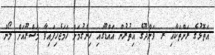
އަތޮޅުގެ ރަށްތަކާއި ރ. ވަންދޫގެ އިތުރުން އައްޑޫގައި ހިންގުމަށް ހަމަޖެހިފައިވާ މަޝްރޫއަށް ލޯން